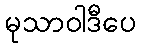
မုသာဝါဒီပေ